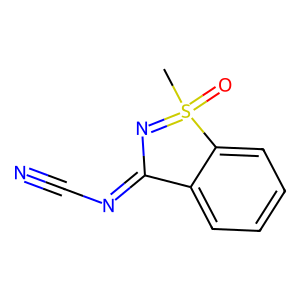
SMILES: CS1(=O)=NC(=NC#N)c2ccccc21
Inhibits HIV replication: No